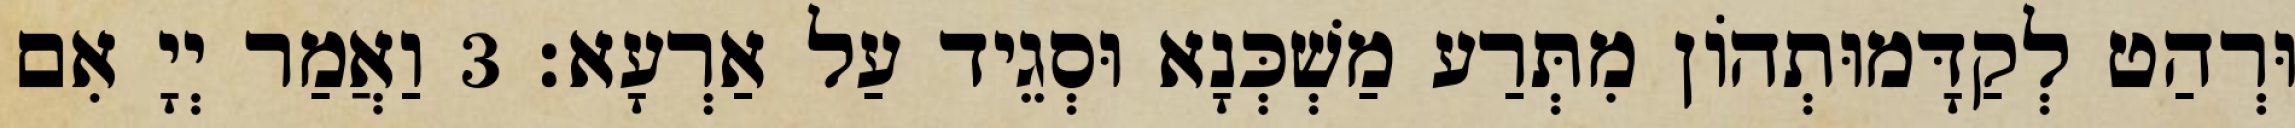
וּרְהַט לְקַדָּמוּתְהוֹן מִתְּרַע מַשְׁכְּנָא וּסְגֵיד עַל אַרְעָא׃ 3 וַאֲמַר יְיָ אִם